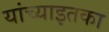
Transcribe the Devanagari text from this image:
यांच्याइतका